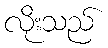
လိုးသည်